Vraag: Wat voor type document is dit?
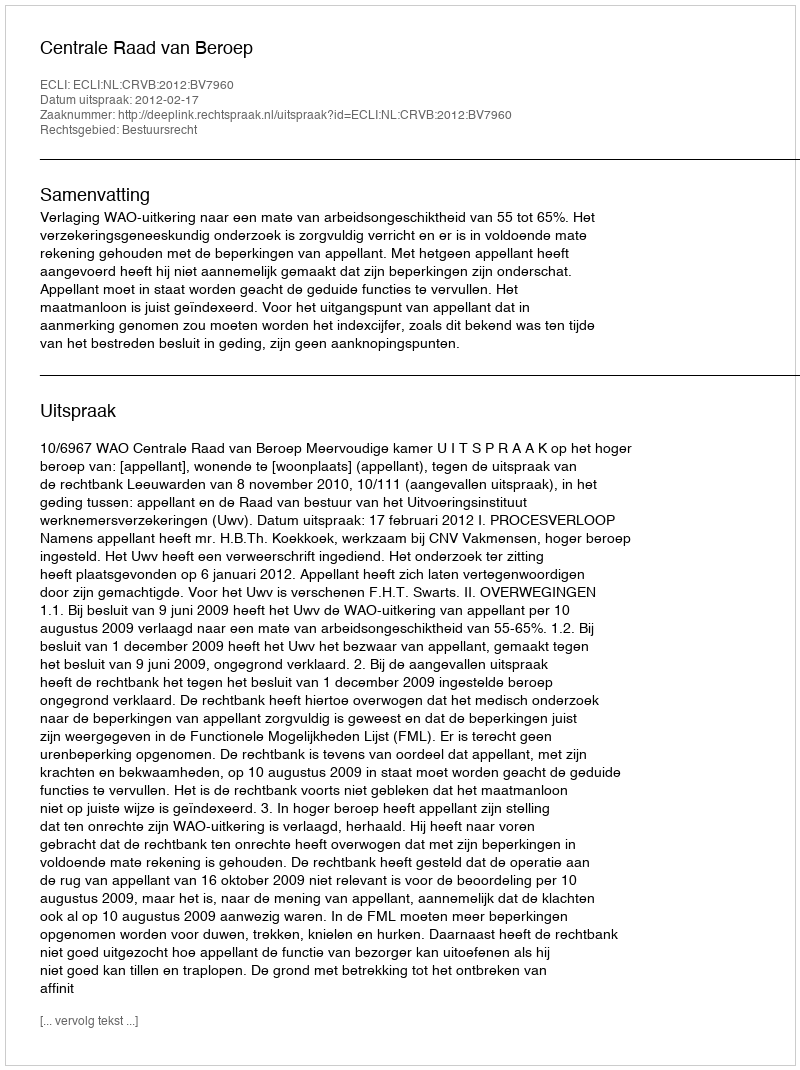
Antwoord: Uitspraak